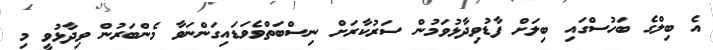
އެ ބިލްގެ ބަހުސްގައި ބިލަށް ފާޑުވިދާޅުވަމުން ސަރުކާރަށް ނިސްބަތްވެވަޑައިގަންނަވާ މެންބަރުން ވިދާޅުވީ މި